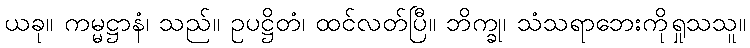
ယခု။ ကမ္မဋ္ဌာနံ၊ သည်။ ဥပဋ္ဌိတံ၊ ထင်လတ်ပြီ။ ဘိက္ခု၊ သံသရာဘေးကိုရှုသသူ။